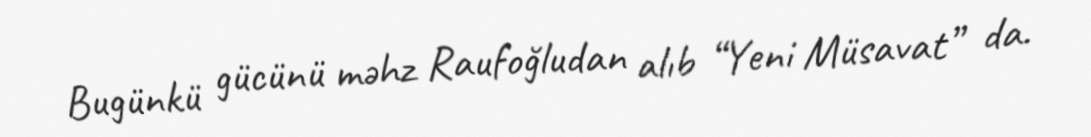
Bugünkü gücünü məhz Raufoğludan alıb “Yeni Müsavat” da.